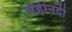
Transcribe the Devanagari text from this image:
महीनदी